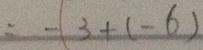
= - 3 + ( - 6 )